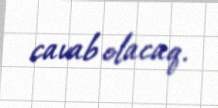
cavab olacaq.